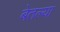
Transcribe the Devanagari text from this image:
बेतल्या